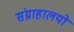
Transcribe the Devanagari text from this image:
संग्राहालयो